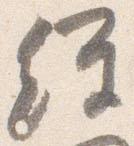
経